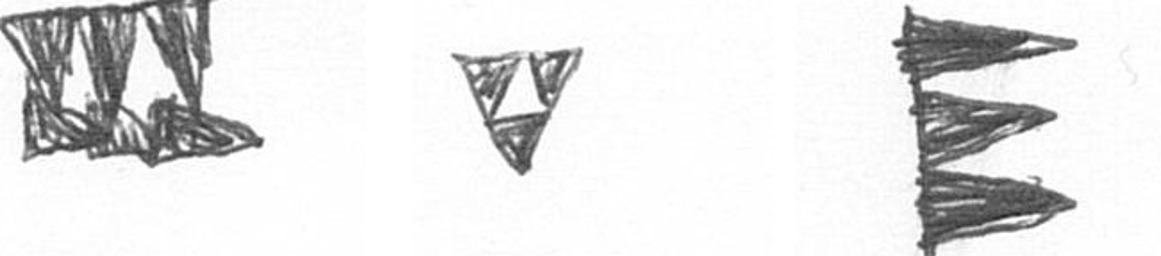
D S H